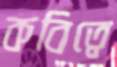
কবিত্বে